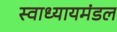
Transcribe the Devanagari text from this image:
स्वाध्यायमंडल